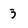
Character: 3